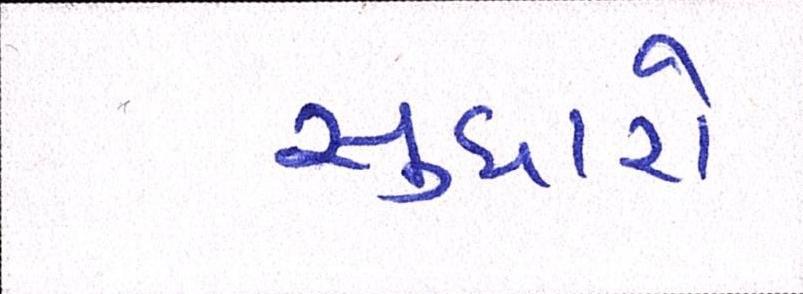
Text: સુધારો